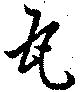
瓦